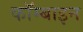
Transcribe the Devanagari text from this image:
कॉम्बाइन